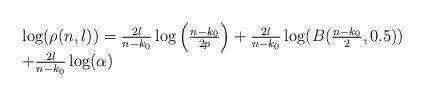
LaTeX: \begin{align*}\begin{array}{ll}\log(\rho(n,l))=\frac{2l}{n-k_0}\log\left({\frac{n-k_0}{2p}}\right)+\frac{2l}{n-k_0}\log({B}(\frac{n-k_0}{2},0.5))\\+\frac{2l}{n-k_0}\log(\alpha)\end{array}\end{align*}